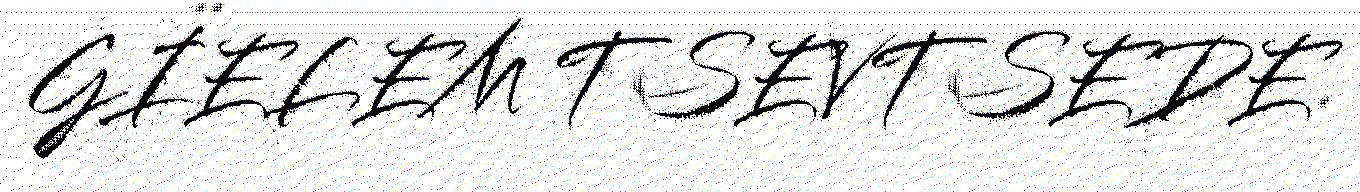
GÏELEM TSEVTSEDE.